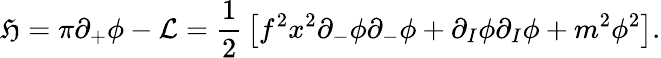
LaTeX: {\cal{\mathfrak{H}}}=\pi\partial_{+}\phi-{\cal{L}}={\frac{{1}}{{2}}}\left[f^{2}x^{2}\partial_{-}\phi\partial_{-}\phi+\partial_{I}\phi\partial_{I}\phi+m^{2}\phi^{2}\right].